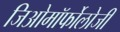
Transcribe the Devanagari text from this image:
जिओमॉर्फोलोजी